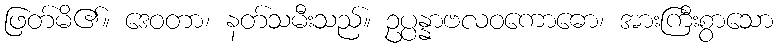
ဖြတ်မိ၏။ ဒေဝတာ၊ နတ်သမီးသည်။ ဥပ္ပန္နာဗလဝကောဓော၊ အားကြီးစွာသော